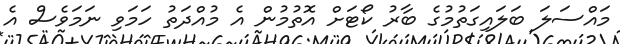
މައްސަލަ ބަލައިގަތުމުގެ ބާރު ކޯޓަށް އޮތުމުން އެ މުއްދަތު ހަމަވި ނަމަވެސް އެ